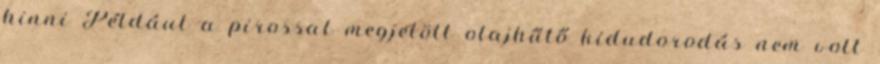
hinni Például a pirossal megjelölt olajhűtő kidudorodás nem volt